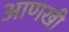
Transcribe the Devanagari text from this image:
अाणखी